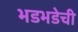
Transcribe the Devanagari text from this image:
भडभडेची